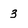
Character: 3